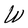
Character: W